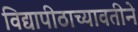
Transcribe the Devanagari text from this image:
विद्यापीठाच्यावतीने